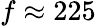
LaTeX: f\approx 225